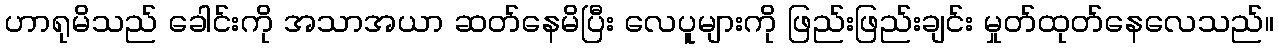
ဟာရုမိသည် ခေါင်းကို အသာအယာ ဆတ်နေမိပြီး လေပူများကို ဖြည်းဖြည်းချင်း မှုတ်ထုတ်နေလေသည်။